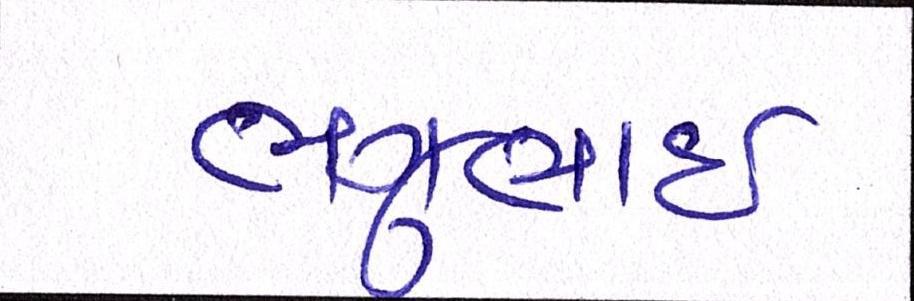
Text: ભગુભાઇ